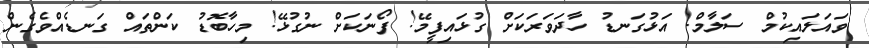
ވައަލައިކުމް ސަލާމް. އަޅުގަނޑު ހާދަވަރަކަށް ގުޅައިފީމޭ! ފޯނަކަށް ނުގުޅޭ! މިހާބޮޑު ކަންތައް ގަނޑެއްވެގެން